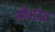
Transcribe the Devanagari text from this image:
मौमदेव